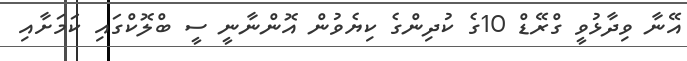
އޭނާ ވިދާޅުވީ ގްރޭޑް 10ގެ ކުދިންގެ ކިޔެވުން އޮންނާނީ ސީ ބްލޮކްގައި ކަމަށާއި